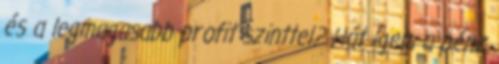
és a legmagasabb profit szinttel? Hát igen, a pénz